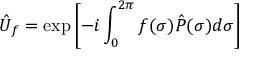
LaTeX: \hat { U } _ { f } = \exp \left[ - i \int _ { 0 } ^ { 2 \pi } f ( \sigma ) \hat { P } ( \sigma ) d \sigma \right]